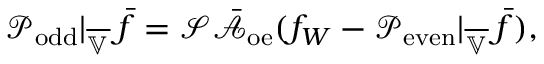
\mathcal { P } _ { \mathrm { o d d } } | _ { \overline { { \mathbb { V } } } } \, \bar { f } = \mathcal { S } \bar { \mathcal { A } } _ { \mathrm { o e } } ( f _ { W } - \mathcal { P } _ { \mathrm { e v e n } } | _ { \overline { { \mathbb { V } } } } \, \bar { f } ) ,